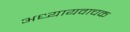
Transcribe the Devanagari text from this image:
अध्यायवाचक